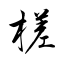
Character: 槎